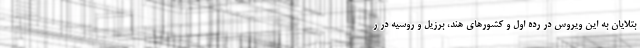
بتلایان به این ویروس در رده اول و کشورهای هند، برزیل و روسیه در ر